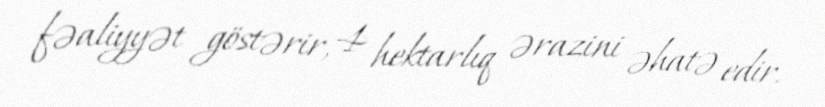
fəaliyyət göstərir, 4 hektarlıq ərazini əhatə edir.